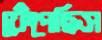
ফেঁপেছিস